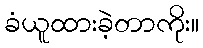
ခံယူထားခဲ့တာကိုး။